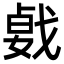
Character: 𢧛